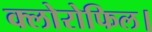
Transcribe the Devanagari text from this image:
क्लोरोफिल।